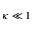
\kappa \ll 1